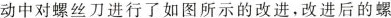
动中对螺丝刀进行了如图所示的改进，改进后的螺